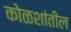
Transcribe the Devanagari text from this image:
कोळशांतील